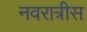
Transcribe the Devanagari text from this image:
नवरात्रीस